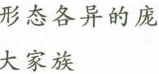
形态各异的庞大家族